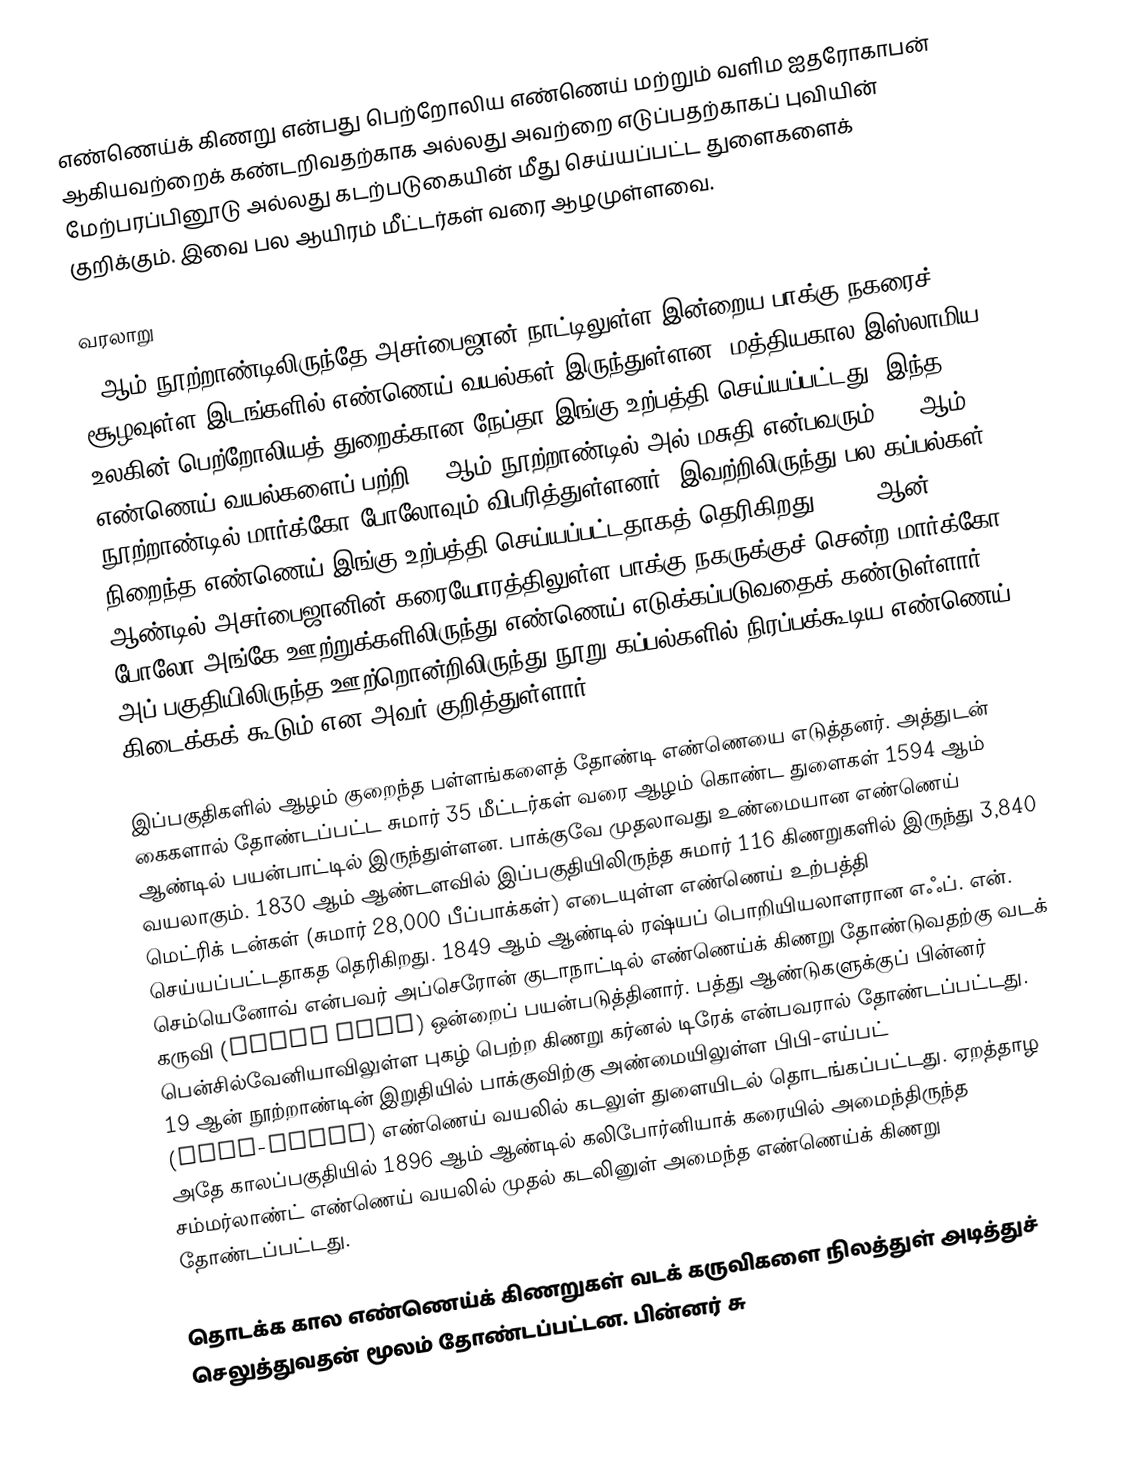
எண்ணெய்க் கிணறு என்பது பெற்றோலிய எண்ணெய் மற்றும் வளிம ஐதரோகாபன் ஆகியவற்றைக் கண்டறிவதற்காக அல்லது அவற்றை எடுப்பதற்காகப் புவியின் மேற்பரப்பினூடு அல்லது கடற்படுகையின் மீது செய்யப்பட்ட துளைகளைக் குறிக்கும். இவை பல ஆயிரம் மீட்டர்கள் வரை ஆழமுள்ளவை.

வரலாறு
9 ஆம் நூற்றாண்டிலிருந்தே அசர்பைஜான் நாட்டிலுள்ள இன்றைய பாக்கு நகரைச் சூழவுள்ள இடங்களில் எண்ணெய் வயல்கள் இருந்துள்ளன. மத்தியகால இஸ்லாமிய உலகின் பெற்றோலியத் துறைக்கான நேப்தா இங்கு உற்பத்தி செய்யப்பட்டது. இந்த எண்ணெய் வயல்களைப் பற்றி 10 ஆம் நூற்றாண்டில் அல்-மசுதி என்பவரும், 13 ஆம் நூற்றாண்டில் மார்க்கோ போலோவும் விபரித்துள்ளனர். இவற்றிலிருந்து பல கப்பல்கள் நிறைந்த எண்ணெய் இங்கு உற்பத்தி செய்யப்பட்டதாகத் தெரிகிறது. 1264 ஆன் ஆண்டில் அசர்பைஜானின் கரையோரத்திலுள்ள பாக்கு நகருக்குச் சென்ற மார்க்கோ போலோ அங்கே ஊற்றுக்களிலிருந்து எண்ணெய் எடுக்கப்படுவதைக் கண்டுள்ளார். அப் பகுதியிலிருந்த ஊற்றொன்றிலிருந்து நூறு கப்பல்களில் நிரப்பக்கூடிய எண்ணெய் கிடைக்கக் கூடும் என அவர் குறித்துள்ளார்.

இப்பகுதிகளில் ஆழம் குறைந்த பள்ளங்களைத் தோண்டி எண்ணெயை எடுத்தனர். அத்துடன் கைகளால் தோண்டப்பட்ட சுமார் 35 மீட்டர்கள் வரை ஆழம் கொண்ட துளைகள் 1594 ஆம் ஆண்டில் பயன்பாட்டில் இருந்துள்ளன. பாக்குவே முதலாவது உண்மையான எண்ணெய் வயலாகும். 1830 ஆம் ஆண்டளவில் இப்பகுதியிலிருந்த சுமார் 116 கிணறுகளில் இருந்து 3,840 மெட்ரிக் டன்கள் (சுமார் 28,000 பீப்பாக்கள்) எடையுள்ள எண்ணெய் உற்பத்தி செய்யப்பட்டதாகத தெரிகிறது. 1849 ஆம் ஆண்டில் ரஷ்யப் பொறியியலாளரான எஃப். என். செம்யெனோவ் என்பவர் அப்செரோன் குடாநாட்டில் எண்ணெய்க் கிணறு தோண்டுவதற்கு வடக் கருவி (cable tool) ஒன்றைப் பயன்படுத்தினார். பத்து ஆண்டுகளுக்குப் பின்னர் பென்சில்வேனியாவிலுள்ள புகழ் பெற்ற கிணறு கர்னல் டிரேக் என்பவரால் தோண்டப்பட்டது. 19 ஆன் நூற்றாண்டின் இறுதியில் பாக்குவிற்கு அண்மையிலுள்ள பிபி-எய்பட் (Bibi-Eibat) எண்ணெய் வயலில் கடலுள் துளையிடல் தொடங்கப்பட்டது. ஏறத்தாழ அதே காலப்பகுதியில் 1896 ஆம் ஆண்டில் கலிபோர்னியாக் கரையில் அமைந்திருந்த சம்மர்லாண்ட் எண்ணெய் வயலில் முதல் கடலினுள் அமைந்த எண்ணெய்க் கிணறு தோண்டப்பட்டது.

தொடக்க கால எண்ணெய்க் கிணறுகள் வடக் கருவிகளை நிலத்துள் அடித்துச் செலுத்துவதன் மூலம் தோண்டப்பட்டன. பின்னர் சு